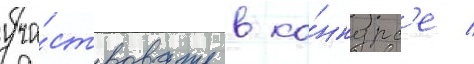
уча́ствовать в ко́нкурс'е /